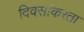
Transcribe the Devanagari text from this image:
दिवसांकरता